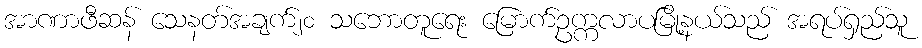
အာဏာဖီဆန် သေနတ်အချက်၂၀ သဘောတူရေး မြောက်ဥက္ကလာပမြို့နယ်သည် အရပ်ရှည်သူ